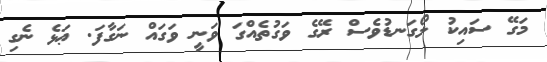
މަގޭ ސައިކު ލޯގަނޑުވެސް ރޭގެ ވަގުތެއްގަ ވަނީ ވަގައް ނަގާފަ. ޢަޅެ ނެގި